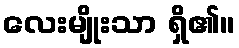
လေးမျိုးသာ ရှိ၏။